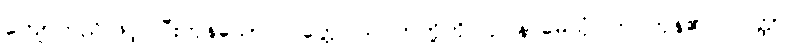
ကျောက်ညိုဖြင့် ပြီးကုန်သော။ ပတ္တေ၊ သပိတ်တို့ကို။ ဥပနာမေသုံ၊ ကပ်ကုန်၏။ သတ္ထာ၊